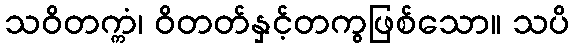
သဝိတက္ကံ၊ ဝိတတ်နှင့်တကွဖြစ်သော။ သပိ